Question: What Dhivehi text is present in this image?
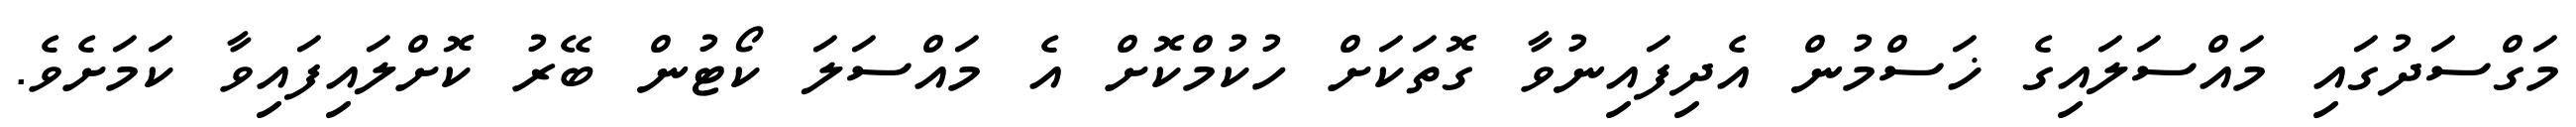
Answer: މަގްސަދުގައި މައްސަލައިގެ ޚަސްމުން އެދިފައިނުވާ ގޮތަކަށް ހުކުމްކޮށް އެ މައްސަލަ ކޯޓުން ބޭރު ކޮށްލައިފައިވާ ކަމަށެވެ.